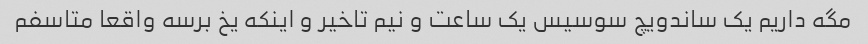
مگه داریم یک ساندویچ سوسیس یک ساعت و نیم تاخیر و اینکه یخ برسه واقعا متاسفم